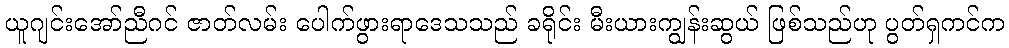
ယူဂျင်းအော်ညီဂင် ဇာတ်လမ်း ပေါက်ဖွားရာဒေသသည် ခရိုင်း မီးယားကျွန်းဆွယ် ဖြစ်သည်ဟု ပွတ်ရှကင်က